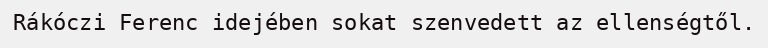
Rákóczi Ferenc idejében sokat szenvedett az ellenségtől.